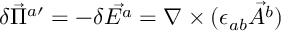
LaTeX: \delta \vec { \Pi } ^ { a \prime } = - \delta \vec { E ^ { a } } = \nabla \times ( \epsilon _ { a b } \vec { A ^ { b } } )